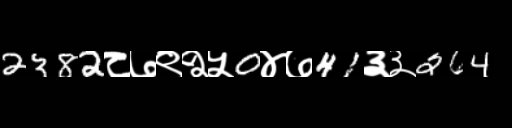
Text: 2382८७९२५0४७41३३264